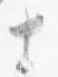
十